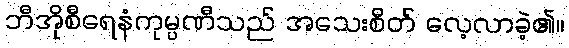
ဘီအိုစီရေနံကုမ္ပဏီသည် အသေးစိတ် လေ့လာခဲ့၏။